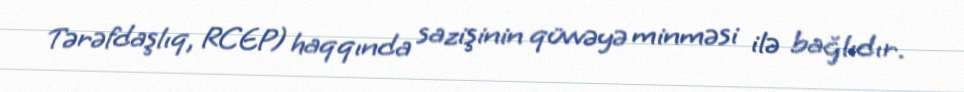
Tərəfdaşlıq, RCEP) haqqında sazişinin qüvvəyə minməsi ilə bağlıdır.